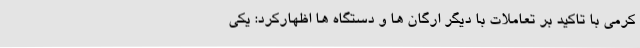
کرمی با تاکید بر تعاملات با دیگر ارگان ها و دستگاه ها اظهارکرد: یکی